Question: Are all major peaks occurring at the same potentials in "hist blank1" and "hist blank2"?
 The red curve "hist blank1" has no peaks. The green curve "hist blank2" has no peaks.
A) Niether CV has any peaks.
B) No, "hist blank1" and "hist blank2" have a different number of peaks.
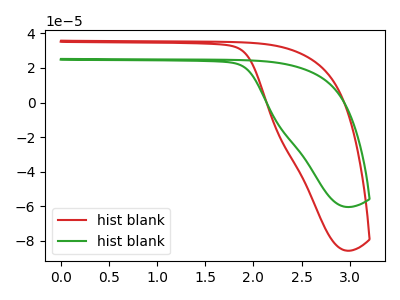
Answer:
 <answer>A) Niether CV has any peaks.</answer>
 <eval>A</eval>